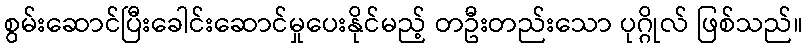
စွမ်းဆောင်ပြီးခေါင်းဆောင်မှုပေးနိုင်မည့် တဦးတည်းသော ပုဂ္ဂိုလ် ဖြစ်သည်။